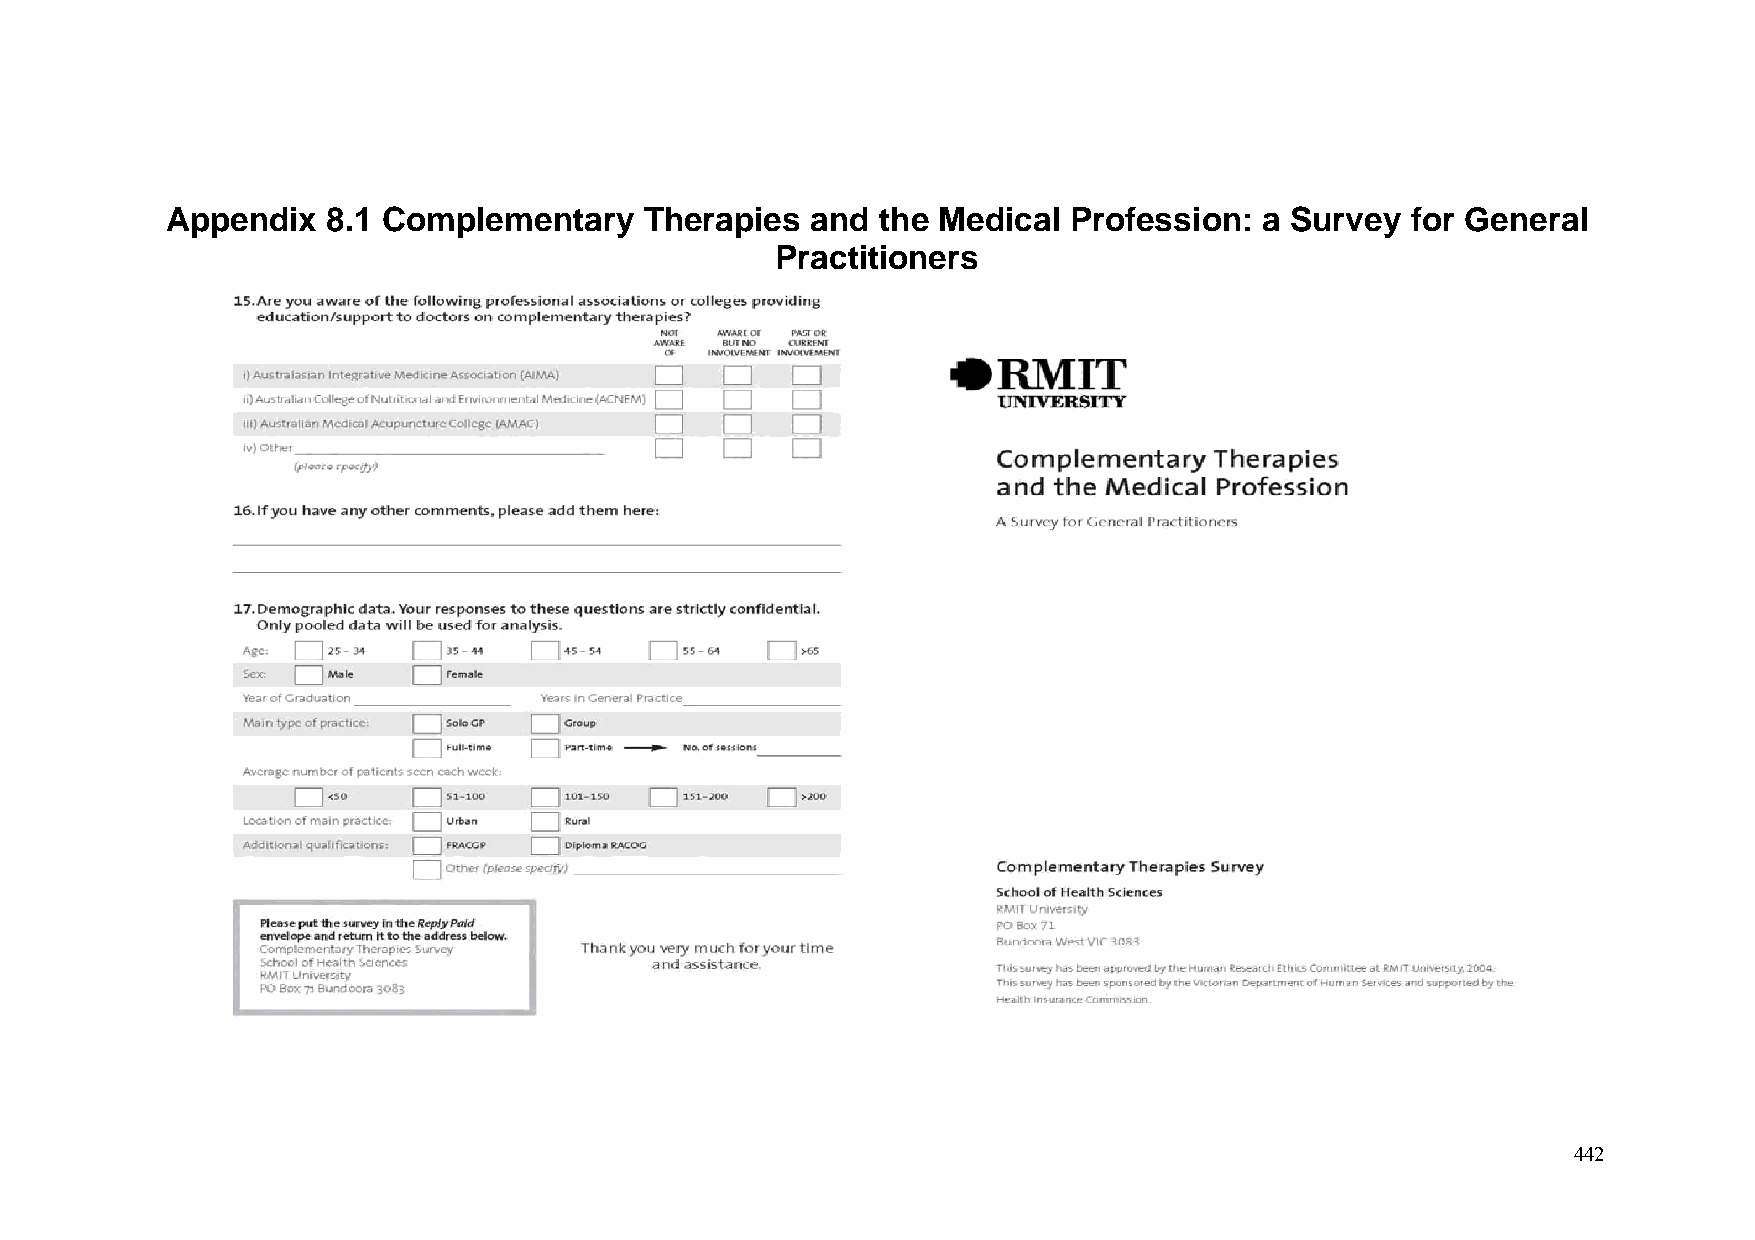
Appendix   8.1 Complementary    Therapies  and the Medical  Profession:  a Survey for General
 Practitioners
 442